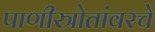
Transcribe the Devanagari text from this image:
पाणीस्त्रोतांवरचे